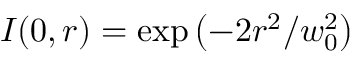
I ( 0 , r ) = \exp \left( - 2 r ^ { 2 } / w _ { 0 } ^ { 2 } \right)